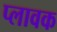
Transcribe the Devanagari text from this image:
प्लावक